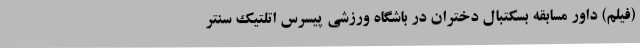
(فیلم) داور مسابقه بسکتبال دختران در باشگاه ورزشی پیسرس اتلتیک سنتر